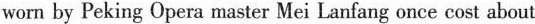
worn by Peking Opera master Mei Lanfang once cost about